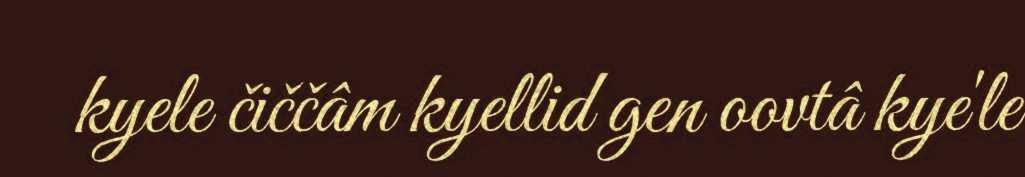
kyele čiččâm kyellid gen oovtâ kye'le